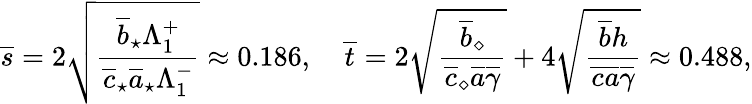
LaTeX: \overline{{s}}=2\sqrt\frac{\overline{{b}}_{\star}\Lambda_{1}^{+}}{\overline{{c}}_{\star}\overline{{a}}_{\star}\Lambda_{1}^{-}}\approx 0.186,\quad\overline{{t}}=2\sqrt{\frac{\overline{{b}}_{\diamond}}{\overline{{c}}_{\diamond}\overline{{a}}\overline{{\gamma}}}}+4\sqrt{\frac{\overline{{b}}h}{\overline{{c}}\overline{{a}}\overline{{\gamma}}}}\approx 0.488,